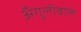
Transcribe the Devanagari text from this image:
अँगुलीवाले